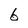
Character: 6